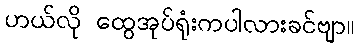
ဟယ်လို ထွေအုပ်ရုံးကပါလားခင်ဗျာ။